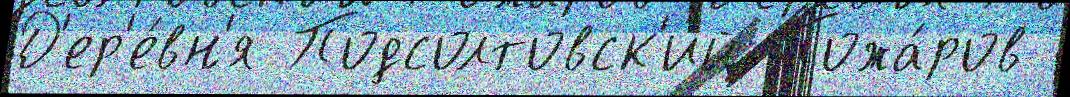
Д'ер'е́вн'я Подсолтовск'ий Пожа́ров